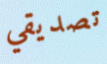
تصديقي